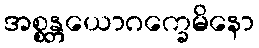
အစ္စန္တယောဂက္ခေမိနော